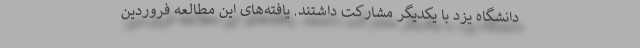
دانشگاه یزد با یکدیگر مشارکت داشتند. یافته‌های این مطالعه فروردین